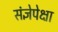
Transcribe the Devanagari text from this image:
संज्ञेपेक्षा